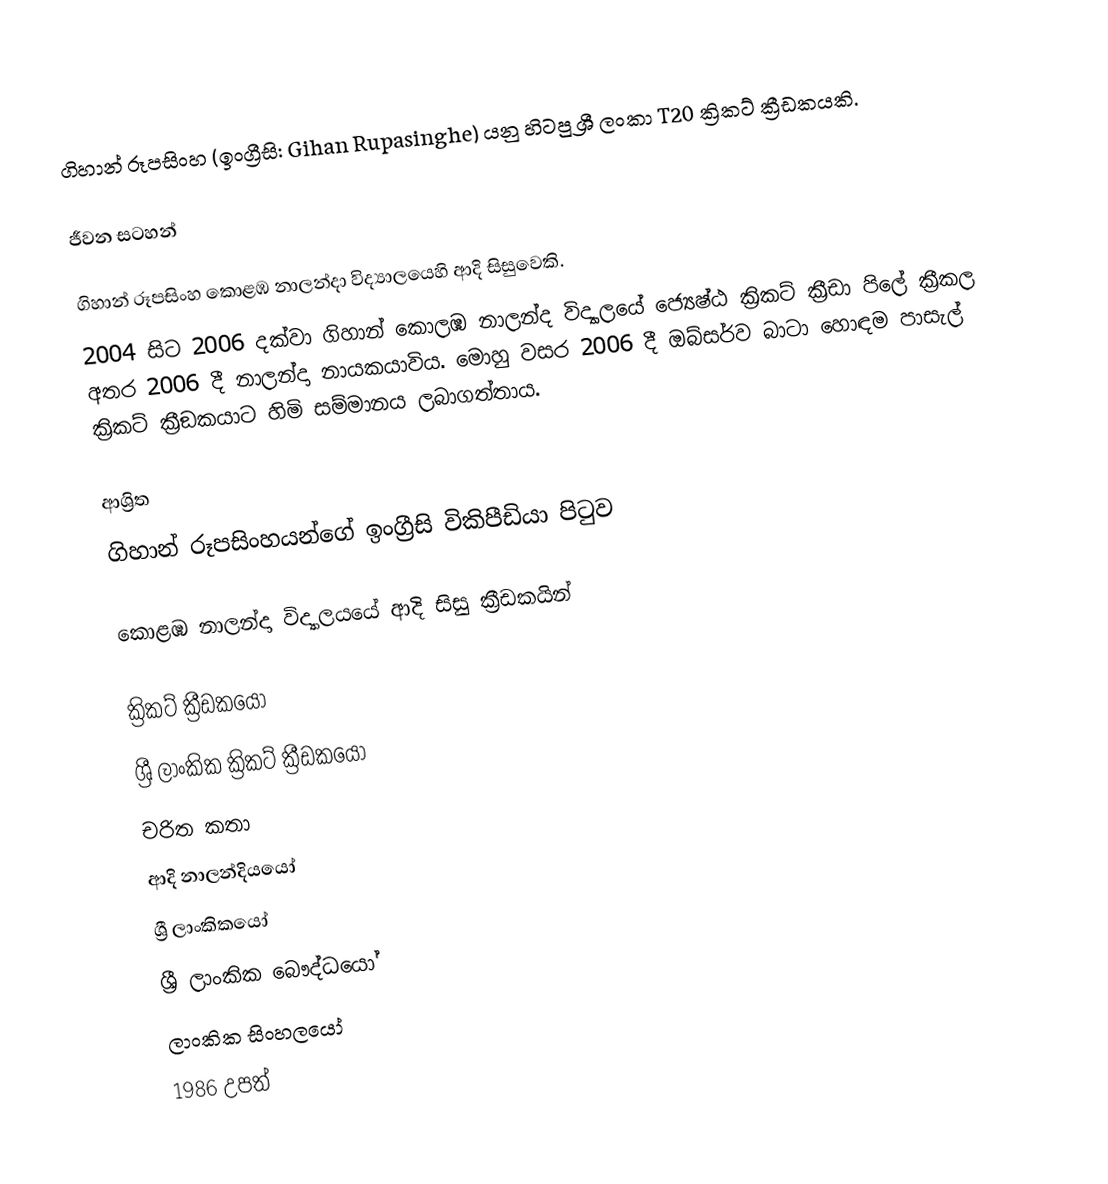
ගිහාන් රූපසිංහ  (ඉංග්‍රීසි: Gihan Rupasinghe) යනු හිටපු ශ්‍රී ලංකා T20 ක්‍රිකට් ක්‍රීඩකයකි.

ජීවන සටහන්

ගිහාන් රූපසිංහ   කොළඹ නාලන්දා විද්‍යා‍ලයෙහි ආදි සිසුවෙකි.
2004 සිට 2006 දක්වා ගිහාන්  කොලඹ නාලන්ද  විද්‍යාලයේ  ජ්‍යෙෂ්ඨ ක්‍රිකට් ක්‍රීඩා පිලේ ක්‍රීකල අතර 2006 දී නාලන්දා නායකයාවිය. මොහු වසර 2006 දී ඔබ්සර්ව බාටා හොඳම පාසැල් ක්‍රිකට් ක්‍රීඞකයාට හිමි සම්මානය ලබාගත්තාය.

ආශ්‍රිත
ගිහාන් රූපසිංහයන්ගේ ඉංග්‍රීසි විකිපීඩියා පිටුව

කොළඹ නාලන්දා විද්‍යාලයයේ ආදි සිසු ක්‍රීඩකයින්

ක්‍රිකට් ක්‍රීඩකයෝ
ශ්‍රී ලාංකික ක්‍රිකට් ක්‍රීඩකයෝ
චරිත කතා
ආදි නාලන්දියයෝ
ශ්‍රී ලාංකිකයෝ
ශ්‍රී ලාංකික බෞද්ධයෝ
ලාංකික සිංහලයෝ
1986 උපත්